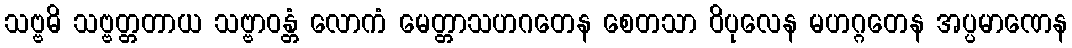
သဗ္ဗဓိ သဗ္ဗတ္တတာယ သဗ္ဗာဝန္တံ လောကံ မေတ္တာသဟဂတေန စေတသာ ဝိပုလေန မဟဂ္ဂတေန အပ္ပမာဏေန